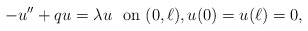
\begin{align*}- u'' + q u = \lambda u \ \ \mbox{on} \ (0, \ell) , u (0) = u (\ell) = 0 ,\end{align*}